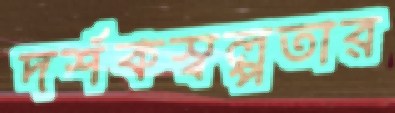
দর্শকস্বল্পতার